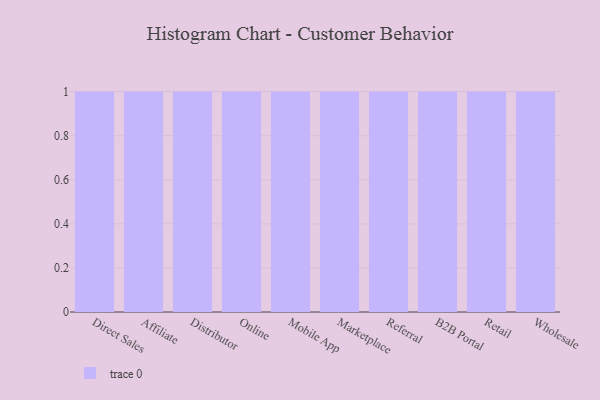
{"axis": {"x": "Channel", "y": "Energy Usage (MWh)"}, "legend": [""], "data": [{"x": "Direct Sales", "y": 64, "type": ""}, {"x": "Affiliate", "y": 8, "type": ""}, {"x": "Distributor", "y": 27, "type": ""}, {"x": "Online", "y": 18, "type": ""}, {"x": "Mobile App", "y": 62, "type": ""}, {"x": "Marketplace", "y": 72, "type": ""}, {"x": "Referral", "y": 54, "type": ""}, {"x": "B2B Portal", "y": 21, "type": ""}, {"x": "Retail", "y": 68, "type": ""}, {"x": "Wholesale", "y": 57, "type": ""}]}